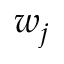
w _ { j }